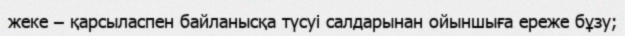
жеке – қарсыласпен байланысқа түсуі салдарынан ойыншыға ереже бұзу;